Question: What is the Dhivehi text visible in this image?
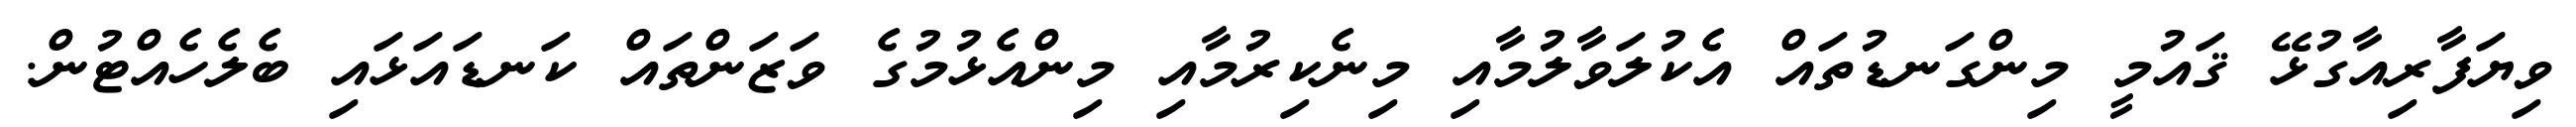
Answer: ވިޔަފާރިއާގުޅޭ ޤައުމީ މިންގަނޑުތައް އެކުލަވާލުމާއި މިނެކިރުމާއި މިންއެޅުމުގެ ވަޒަންތައް ކަނޑައަޅައި ބެލެހެއްޓުން.